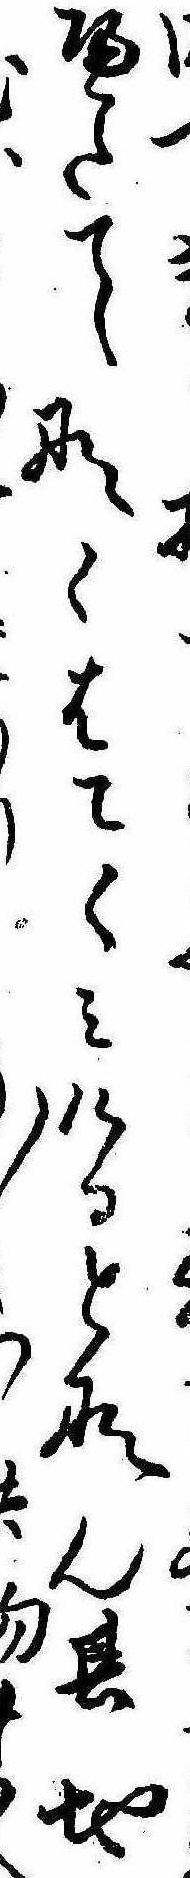
へたてなくはこくみけるとなん其地り〱へ